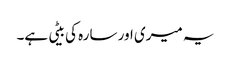
یہ میری اور سارہ کی بیٹی ہے۔